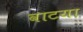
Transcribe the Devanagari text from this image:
वाटया